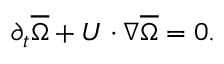
\partial _ { t } \overline { { \Omega } } + U \cdot \nabla \overline { { \Omega } } = 0 .